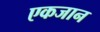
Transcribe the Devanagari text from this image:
एकजान